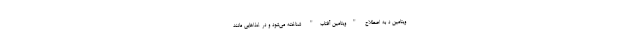
ویتامین د به اصطلاح "ویتامین آفتاب" شناخته می‌شود و در غذاهایی مانند